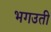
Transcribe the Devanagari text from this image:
भगउती